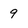
Character: 9